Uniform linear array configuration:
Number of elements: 16
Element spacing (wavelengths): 0.75
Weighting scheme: cosine
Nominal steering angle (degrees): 45
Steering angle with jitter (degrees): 46.842
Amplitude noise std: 0.05
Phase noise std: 0.05

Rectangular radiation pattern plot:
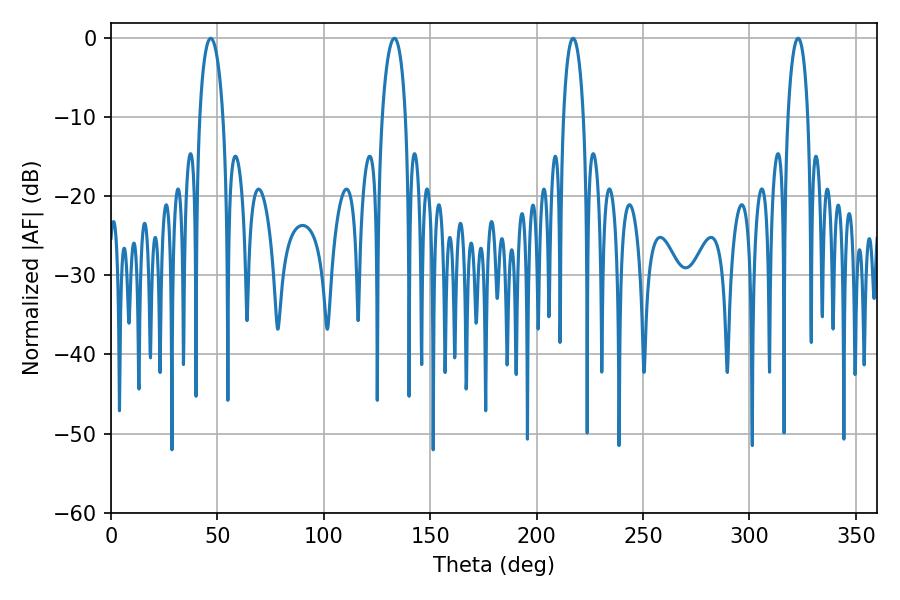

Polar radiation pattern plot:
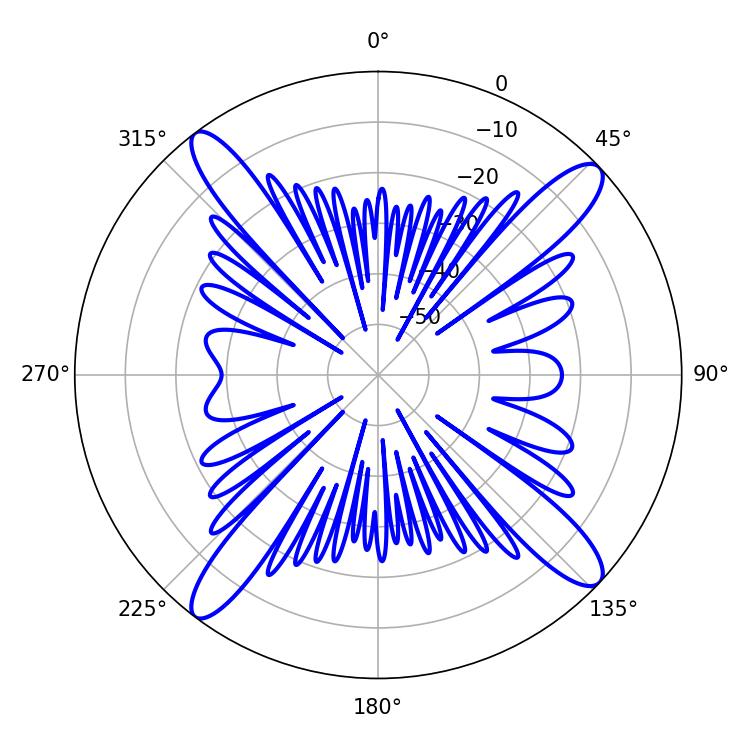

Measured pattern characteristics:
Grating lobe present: TRUE
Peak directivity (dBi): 15.904
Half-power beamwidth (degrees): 6.3
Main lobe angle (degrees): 46.8